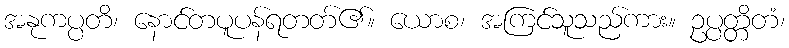
အနုကပ္ပတိ၊ နောင်တပူပန်ရတတ်၏။ ယောစ၊ အကြင်သူသည်ကား။ ဥပ္ပတ္တိတံ၊